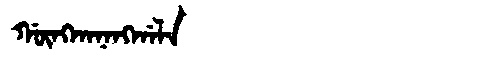
Manchu: ᡤᡡᠩᡴᠠᠨᠠᠩᡤᠠᠯᠠ
Romanization: GŪNGKANANGGALA